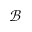
\mathcal { B }